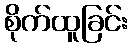
စိုက်ထူခြင်း